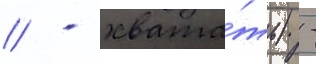
// - хвата́ть) -